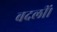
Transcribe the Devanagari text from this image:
बदलीं।